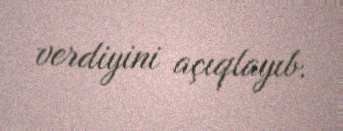
verdiyini açıqlayıb.